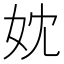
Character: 妉